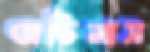
অভিলাস